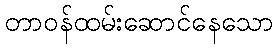
တာဝန်ထမ်းဆောင်နေသော